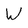
Character: W